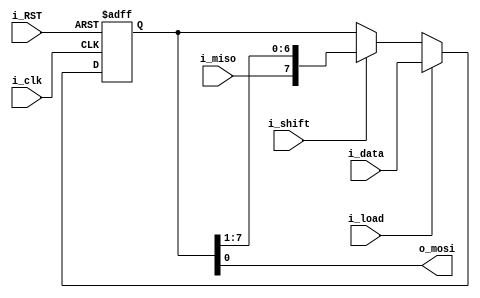
module ShiftRegister #(parameter width = 8)(
    input   wire                    i_clk,i_RST,
    input   wire                    i_load,i_shift,i_miso,
    input   wire    [width-1:0]     i_data,
    output  wire                    o_mosi
);

reg [width-1:0]     data,data_comb;

always@ (*)
 begin
    data_comb[width-2:0] = data>>1;
    data_comb[width-1] = i_miso;
 end

 always@ (posedge i_clk , negedge i_RST)
  begin
    if(!i_RST)
     begin
        data <= 'b0;
     end
    else
     begin
        if(i_load)
         begin
            data <= i_data;
         end
        else if (i_shift)
         begin
            data <= data_comb;
         end
     end
  end

assign o_mosi = data[0];
endmodule